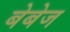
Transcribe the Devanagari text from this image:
बेबेज